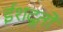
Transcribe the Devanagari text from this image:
ईशदूतो